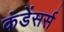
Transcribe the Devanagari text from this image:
कंडेंसर्स